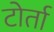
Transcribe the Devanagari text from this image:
टोर्ता